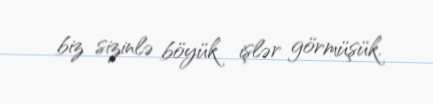
biz sizinlə böyük işlər görmüşük.